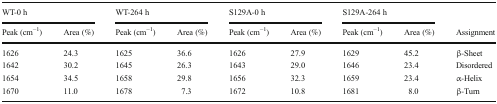
| <COLSPAN=2> WT-0 h | <COLSPAN=2> WT-264 h | <COLSPAN=2> S129A-0 h | <COLSPAN=2> S129A-264 h |  |
 | Peak (cm−1) | Area (%) | Peak (cm−1) | Area (%) | Peak (cm−1) | Area (%) | Peak (cm−1) | Area (%) | Assignment |
 | --- | --- | --- | --- | --- | --- | --- | --- | --- |
 | 1626 | 24.3 | 1625 | 36.6 | 1626 | 27.9 | 1629 | 45.2 | β-Sheet |
 | 1642 | 30.2 | 1645 | 26.3 | 1643 | 29.0 | 1646 | 23.4 | Disordered |
 | 1654 | 34.5 | 1658 | 29.8 | 1656 | 32.3 | 1659 | 23.4 | α-Helix |
 | 1670 | 11.0 | 1678 | 7.3 | 1672 | 10.8 | 1681 | 8.0 | β-Turn |